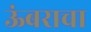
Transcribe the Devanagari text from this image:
ऊंबराचा